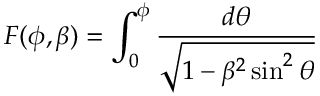
F ( \phi , \beta ) = \int _ { 0 } ^ { \phi } \frac { d \theta } { \sqrt { 1 - \beta ^ { 2 } \sin ^ { 2 } \theta } }